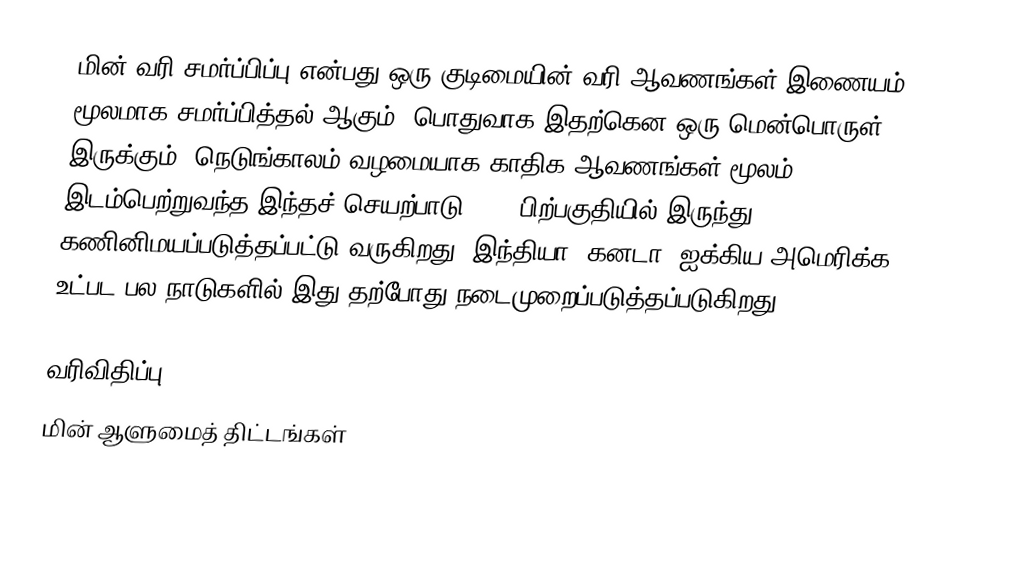
மின் வரி சமர்ப்பிப்பு என்பது ஒரு குடிமையின் வரி ஆவணங்கள் இணையம் மூலமாக சமர்ப்பித்தல் ஆகும்.  பொதுவாக இதற்கென ஒரு மென்பொருள் இருக்கும்.  நெடுங்காலம் வழமையாக காதிக ஆவணங்கள் மூலம் இடம்பெற்றுவந்த இந்தச் செயற்பாடு 1990 பிற்பகுதியில் இருந்து கணினிமயப்படுத்தப்பட்டு வருகிறது.  இந்தியா, கனடா, ஐக்கிய அமெரிக்க உட்பட பல நாடுகளில் இது தற்போது நடைமுறைப்படுத்தப்படுகிறது.

வரிவிதிப்பு
மின் ஆளுமைத் திட்டங்கள்